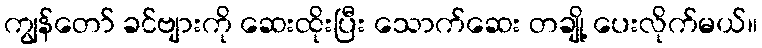
ကျွန်တော် ခင်ဗျားကို ဆေးထိုးပြီး သောက်ဆေး တချို့ ပေးလိုက်မယ်။